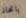
باتخاذ